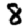
Digit: 8